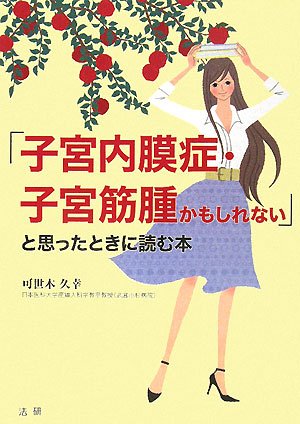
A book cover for Book to read when I thought "might be endometriosis, fibroids child muscle" (2008) ISBN: 4879547190 [Japanese Import]; Hisayuki Kaseki; Health, Fitness & Dieting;